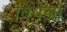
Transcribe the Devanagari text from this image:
विषेज्ञों